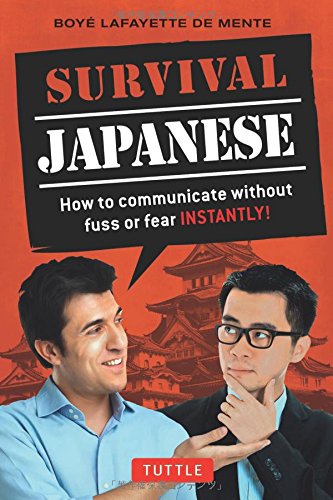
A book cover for Survival Japanese: How to Communicate without Fuss or Fear Instantly! (Japanese Phrasebook) (Survival Series); Boye Lafayette De Mente; Travel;